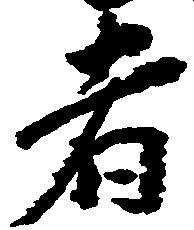
者